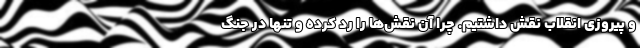
و پیروزی انقلاب نقش داشتیم. چرا آن نقش‌ها را رد کرده و تنها در جنگ